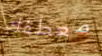
معطفك